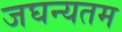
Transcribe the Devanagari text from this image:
जघन्यतम